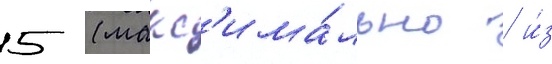
5 (макс'има́льно / и́з